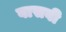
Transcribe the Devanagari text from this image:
वासबी